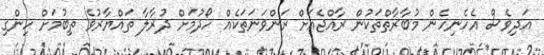
އަދިވެސް އެހެނިހެން މުބާރާތްތަކުން ރާއްޖެއަށް ރަންވަނަތަކެއް ހޯދުމަށް ދުރާލާ ތައްޔާރުވެ ތިބުމަށް ހިންގި